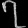
Digit: ၇